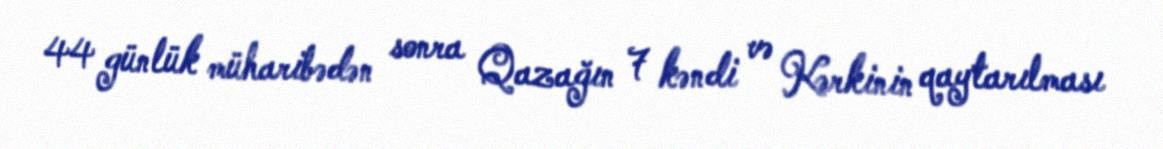
44 günlük müharibədən sonra Qazağın 7 kəndi və Kərkinin qaytarılması